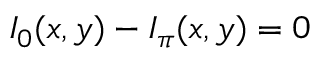
I _ { 0 } ( x , y ) - I _ { \pi } ( x , y ) = 0